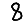
Digit: 8